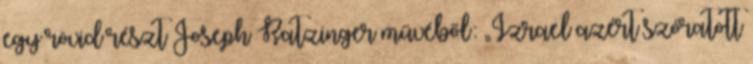
egy rövid részt Joseph Ratzinger művéből: „Izrael azért szóratott